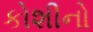
કોશીનો